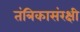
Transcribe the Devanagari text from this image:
तंत्रिकासंरक्षी